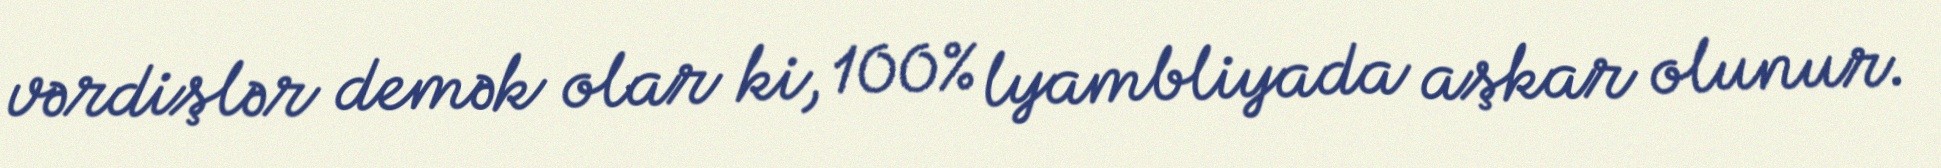
vərdişlər demək olar ki, 100% lyambliyada aşkar olunur.